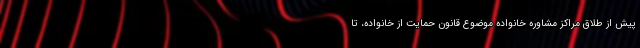
پیش از طلاق مراکز مشاوره خانواده موضوع قانون حمایت از خانواده، تا